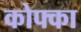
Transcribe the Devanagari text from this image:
कोफ्का